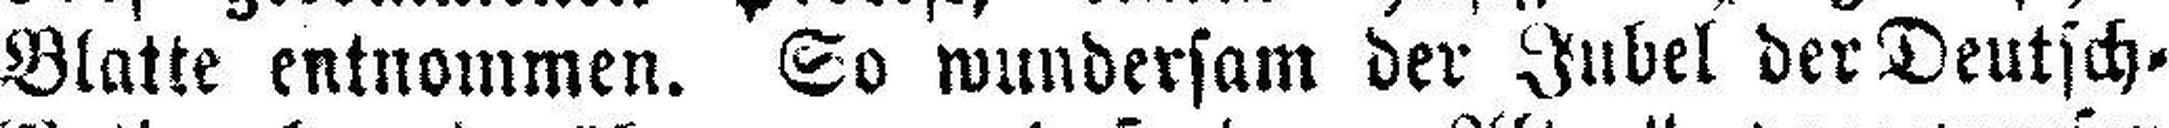
Blatte entnommen. So wundersam der Jubel der Deutsch=